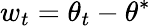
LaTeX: w_{t}=\theta_{t}-\theta^{*}